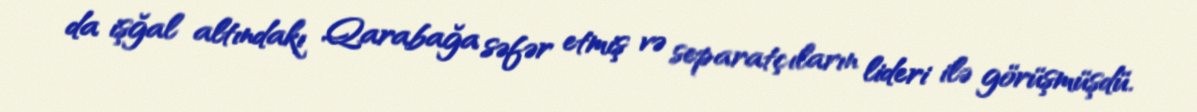
da işğal altındakı Qarabağa səfər etmiş və separatçıların lideri ilə görüşmüşdü.